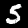
Label: 5